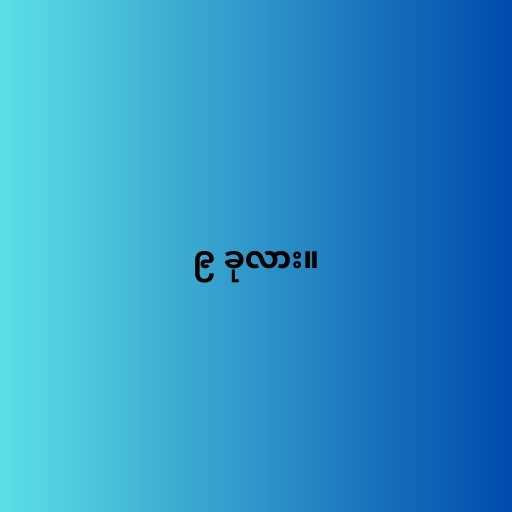
၉ ခုလား။